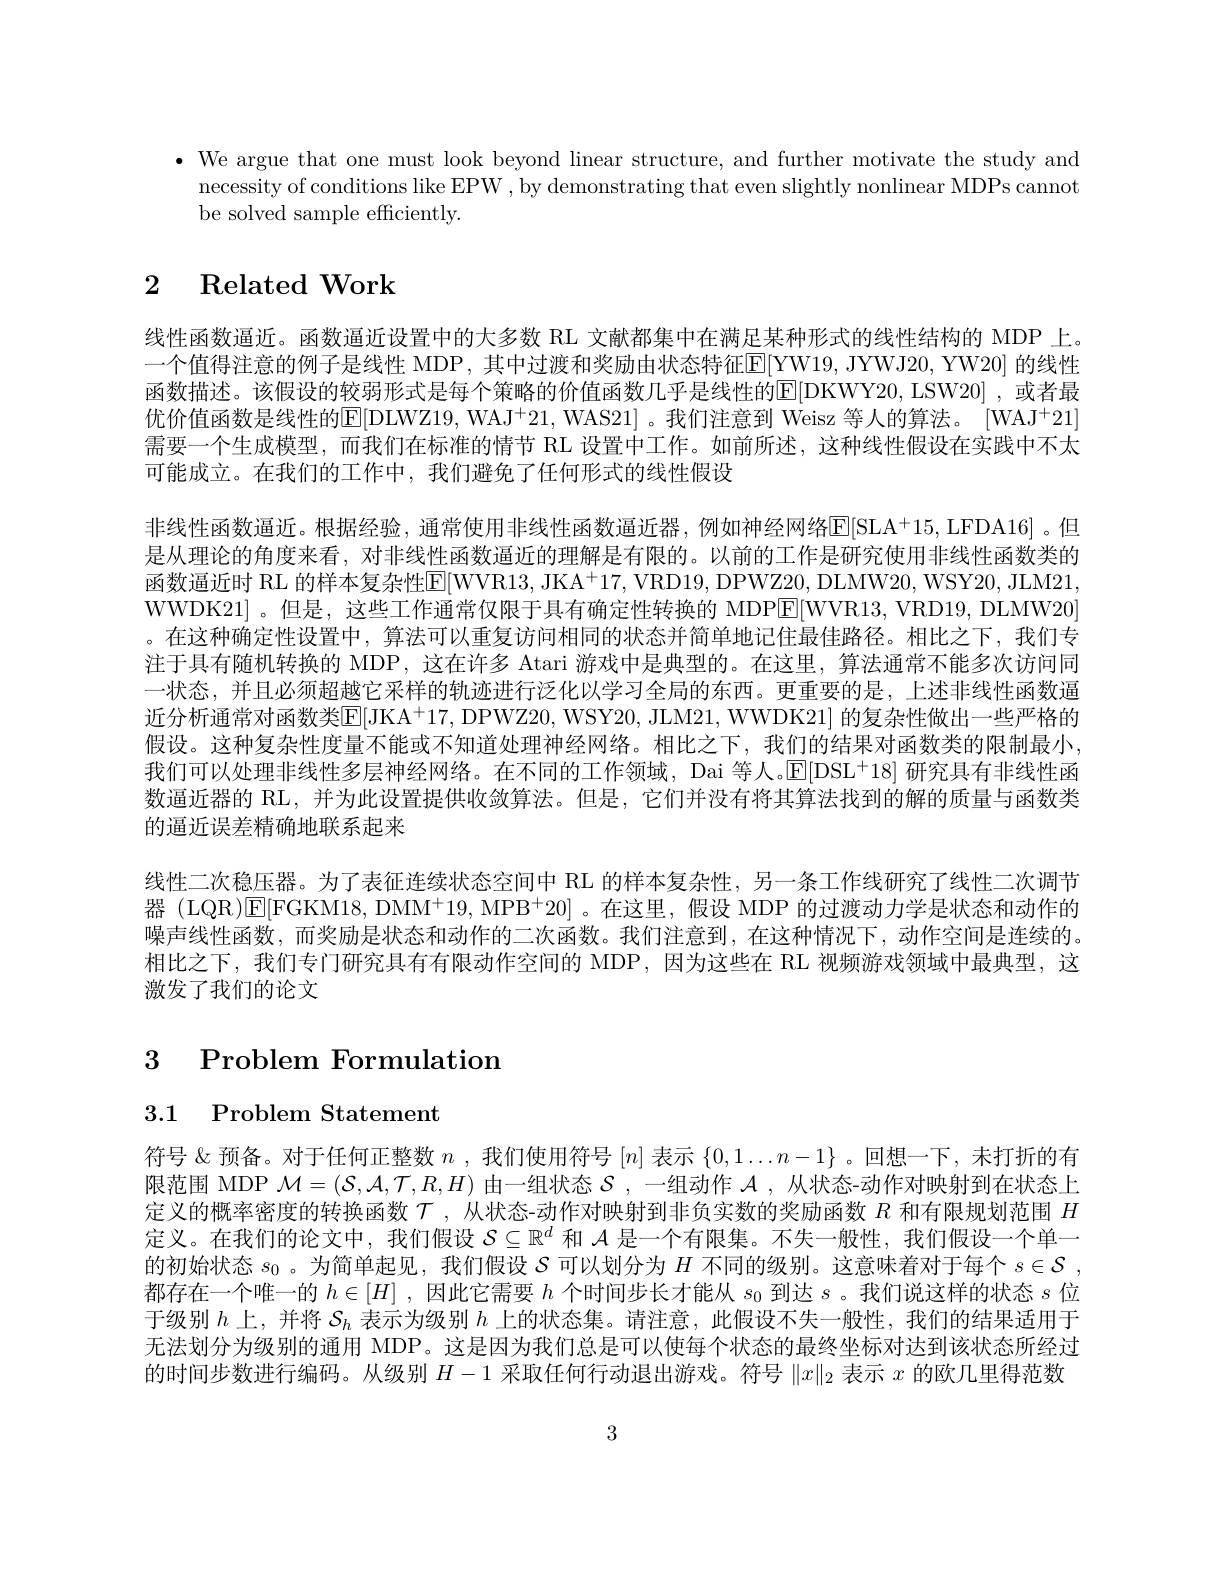
$\bullet$ We argue that one must look beyond linear structure, and further motivate the study and
necessity of conditions like EPW , by demonstrating that even slightly nonlinear MDPs cannot
be solved sample efficiently

# $\begin{array}{cc}2&\text{Related Work}\end{array}$

线性函数逼近。函数逼近设置中的大多数 RL 文献都集中在满足某种形式的线性结构的 MDP 上。一个值得注意的例子是线性 MDP, 其中过渡和奖励由状态特征E[YW19, JYWJ20, YW20] 的线性函数描述。该假设的较弱形式是每个策略的价值函数几乎是线性的E[DKWY20,LSW20],或者最优价值函数是线性的E[DLWZ19, WAJ$^+21$, WAS21]。我们注意到 Weisz 等人的算法。[WAJ$^+21]$ 需要一个生成模型，而我们在标准的情节 RL 设置中工作。如前所述，这种线性假设在实践中不太可能成立。在我们的工作中，我们避免了任何形式的线性假设

$非线性函数逼近。根据经验，通常使用非线性函数逼近器，例如神经网络E[SLA^+15,LFDA16]。但$ 是从理论的角度来看，对非线性函数逼近的理解是有限的。以前的工作是研究使用非线性函数类的函数逼近时 RL 的样本复杂性E[WVR13, JKA$^+17$, VRD19, DPWZ20, DLMW20, WSY20, JLM21, WWDK21]。但是，这些工作通常仅限于具有确定性转换的 MDPE[WVR13, VRD19, DLMW20] 。在这种确定性设置中，算法可以重复访问相同的状态并简单地记住最佳路径。相比之下，我们专注于具有随机转换的 MDP, 这在许多 Atari 游戏中是典型的。在这里，算法通常不能多次访问同一状态，并且必须超越它采样的轨迹进行泛化以学习全局的东西。更重要的是，上述非线性函数逼近分析通常对函数类$\overline{\mathbb{E}}[$JKA$^+17$, DPWZ20, WSY20, JLM21, WWDK21] 的复杂性做出一些严格的假设。这种复杂性度量不能或不知道处理神经网络。相比之下，我们的结果对函数类的限制最小我们可以处理非线性多层神经网络。在不同的工作领域，Dai 等人。$\mathbb{E}[$DSL$^+18]$研究具有非线性函数逼近器的 RL, 并为此设置提供收敛算法。但是，它们并没有将其算法找到的解的质量与函数类的逼近误差精确地联系起来
线性二次稳压器。为了表征连续状态空间中 RL 的样本复杂性，另一条工作线研究了线性二次调节器 (LQR)E[FGKM18, DMM^+19, MPB^+20]。在这里，假设 MDP 的过渡动力学是状态和动作的噪声线性函数，而奖励是状态和动作的二次函数。我们注意到，在这种情况下，动作空间是连续的。相比之下，我们专门研究具有有限动作空间的 MDP,因为这些在 RL 视频游戏领域中最典型，这激发了我们的论文

# 3 Problem Formulation

3.1 Problem Statement

符号 &预备。对于任何正整数$n$ ,我们使用符号$[n]$表示$\{0,1\ldots n-1\}$ 。回想一下，未打折的有限范围 MDP $\mathcal{M}=(\mathcal{S},\mathcal{A},\mathcal{T},R,H)$由一组状态$\mathcal{S}$ ,一组动作$\mathcal{A}$ ,从状态-动作对映射到在状态上定义的概率密度的转换函数$\tau$ ,从状态-动作对映射到非负实数的奖励函数$R$和有限规划范围$H$ 定义。在我们的论文中，我们假设$S\subseteq\mathbb{R}^d$和$\mathcal{A}$是一个有限集。不失一般性，我们假设一个单一的初始状态$s_0$ 。为简单起见，我们假设$S$可以划分为$H$不同的级别。这意味着对于每个$s\in\mathcal{S}$, 都存在一个唯一的$h\in[H]$ ,因此它需要$h$个时间步长才能从$s_0$到达$s$ 。我们说这样的状态$s$位于级别$h$上，并将$S_h$表示为级别$h$上的状态集。请注意，此假设不失一般性，我们的结果适用于无法划分为级别的通用 MDP。这是因为我们总是可以使每个状态的最终坐标对达到该状态所经过的时间步数进行编码。从级别$H-1$采取任何行动退出游戏。符号$\|x\|_2$表示$x$的欧几里得范数

3